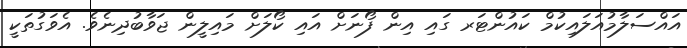
އައްސަލާމުއަލައިކުމް ކައުންޓަރ ގައި އިން ފޯނަށް އައި ކޯލަށް މައިލީން ޖަވާބުދިނެވެ. އެވަގުތަކީ